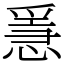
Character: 㥯